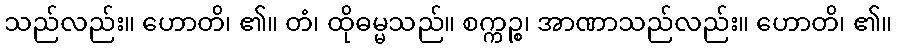
သည်လည်း။ ဟောတိ၊ ၏။ တံ၊ ထိုဓမ္မသည်။ စက္ကဉ္စ၊ အာဏာသည်လည်း။ ဟောတိ၊ ၏။